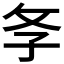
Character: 𢻯